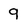
Character: 9